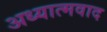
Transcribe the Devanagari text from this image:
अध्‍यात्‍मवाद